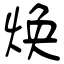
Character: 焕